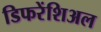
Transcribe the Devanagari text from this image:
डिफरेंशिअल